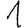
Digit: 1